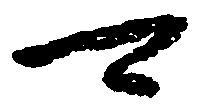
可